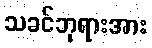
သခင်ဘုရားအား